Vaccination in the Punjab 1897-1904 - 1897-1904
Year: 1897
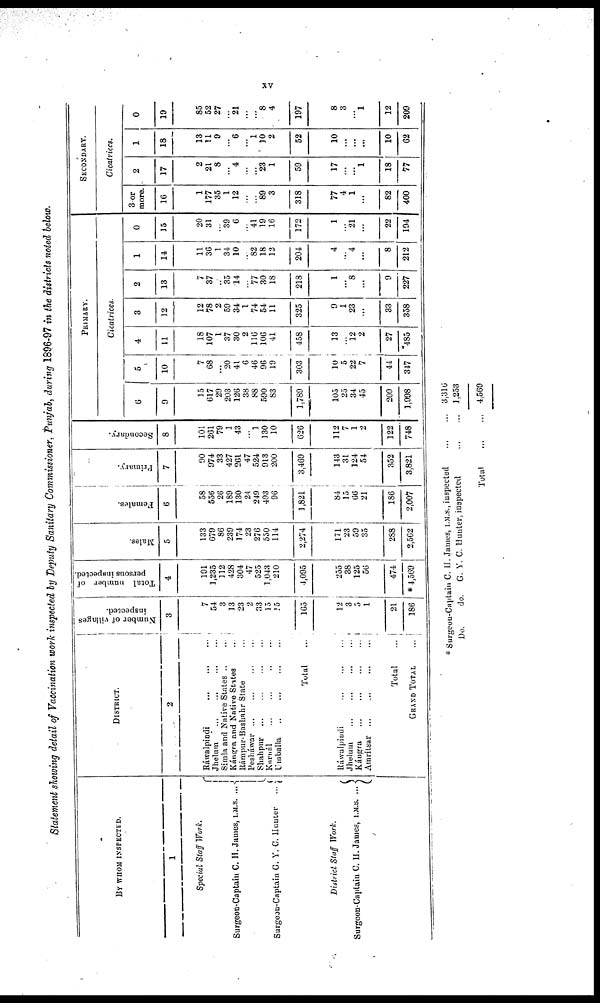
xv
Statement showing detail of Vaccination work inspected by Deputy Sanitary Commissioner, Punjab, during 1896-97 in the districts noted below.
By WHOM INSPECTED.
1
Special Staff Work.
Surgeon-Captain C. H. James, I.M.S.
Surgeon-Captain C. Y. C. Hunter
District Staff Work.
Surgeon-Captain C. H. James, I.M.S.
DISTRICT.
2
Ráwalpindi
Jhelum
Simla and Native States
Kángra and Native States
Rámpur-Bashahr State
Pesháwar
Shahpur
Karnál
Umballa
Total
Ráwalpindi
Jhelum
Kángra
Amritsar
Total
GRAND TOTAL
Number of villages
inspected.
3
7
54
3
13
23
2
33
15
15
165
12
3
5
1
21
186
Total number of
persons inspected.
4
191
1,235
112
428
304
47
525
1,043
210
4,095
255
38
125
56
474
* 4,569
Males.
5
133
679
86
239
174
23
276
550
114
2,274
171
23
59
35
288
2,562
Females.
6
58
556
26
189
130
24
249
493
96
1,821
84
15
66
21
186
2,007
Primary.
7
90
974
33
427
261
47
524
913
200
3,469
143
31
124
54
352
3,821
Secondary.
8
101
261
79
1
43
...
1
130
10
626
112
7
1
2
122
748
PRIMARY.
Cicatrices.
6
9
15
617
29
203
126
38
88
590
83
1,789
105
25
34
45
209
1,998
5
10
7
68
...
20
41
6
46
96
19
303
10
5
22
7
44
347
4
11
18
107
1
37
30
2
116
106
41
458
13
...
12
2
27
485
3
12
12
78
2
59
34
1
74
54
11
325
9
1
23
...
33
358
2
13
7
37
...
35
14
...
77
30
18
218
1
...
8
...
9
227
1
14
11
36
1
34
10
...
82
18
12
204
4
...
4
...
8
212
0
15
20
31
...
39
6
...
41
19
16
172
1
...
21
...
22
194
SECONDARY.
Cicatrices.
3-or
more.
16
1
177
35
1
12
...
...
89
3
318
77
4
1
...
82
400
2
17
2
21
8
...
4
...
...
23
1
59
17
...
... 1
18
77
1
18
13
11
9
...
6
...
1
10
2
52
10
...
...
...
10
62
0
19
85
52
27
...
21
...
...
8
4
197
8
3
...
1
12
209
* Surgeon-Captain C. H. James, I.M.S., inspected
Do.
do. G. V. C. Hunter, inspected
Total
3,316
1,253
4,569